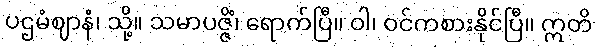
ပဌမံဈာနံ၊ သို့။ သမာပဇ္ဇိံ၊ ရောက်ပြီ။ ဝါ၊ ဝင်ကစားနိုင်ပြီ။ ဣတိ